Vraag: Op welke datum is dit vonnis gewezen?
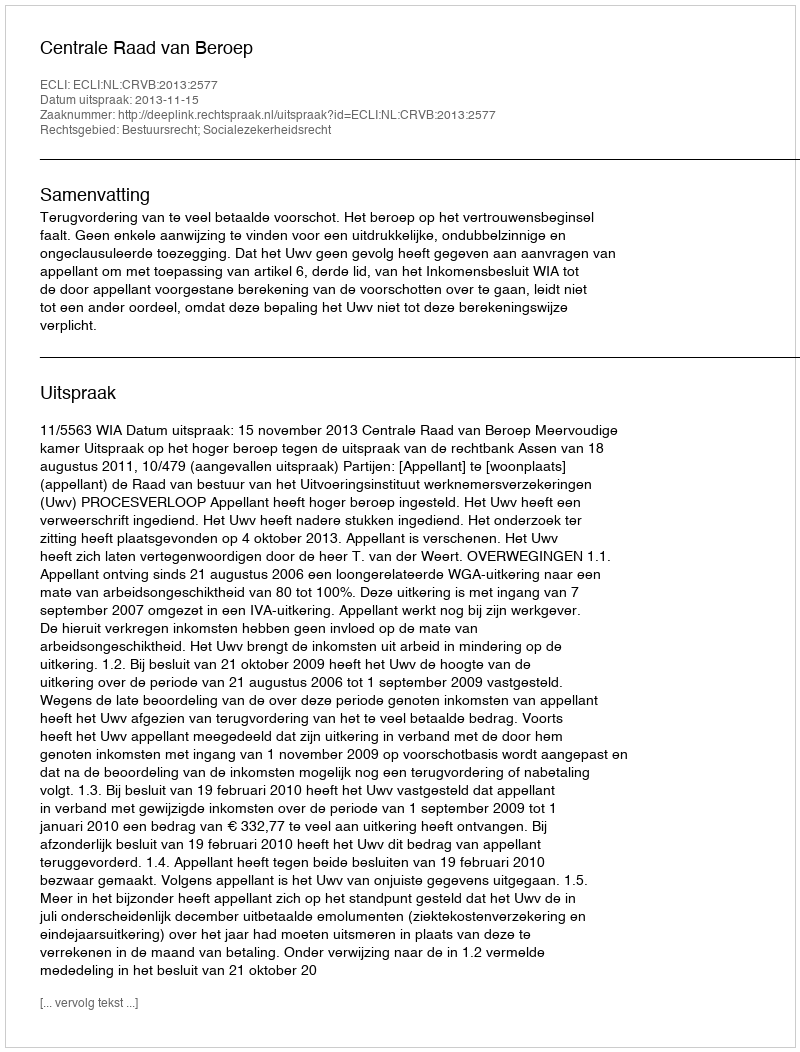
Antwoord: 2013-11-15